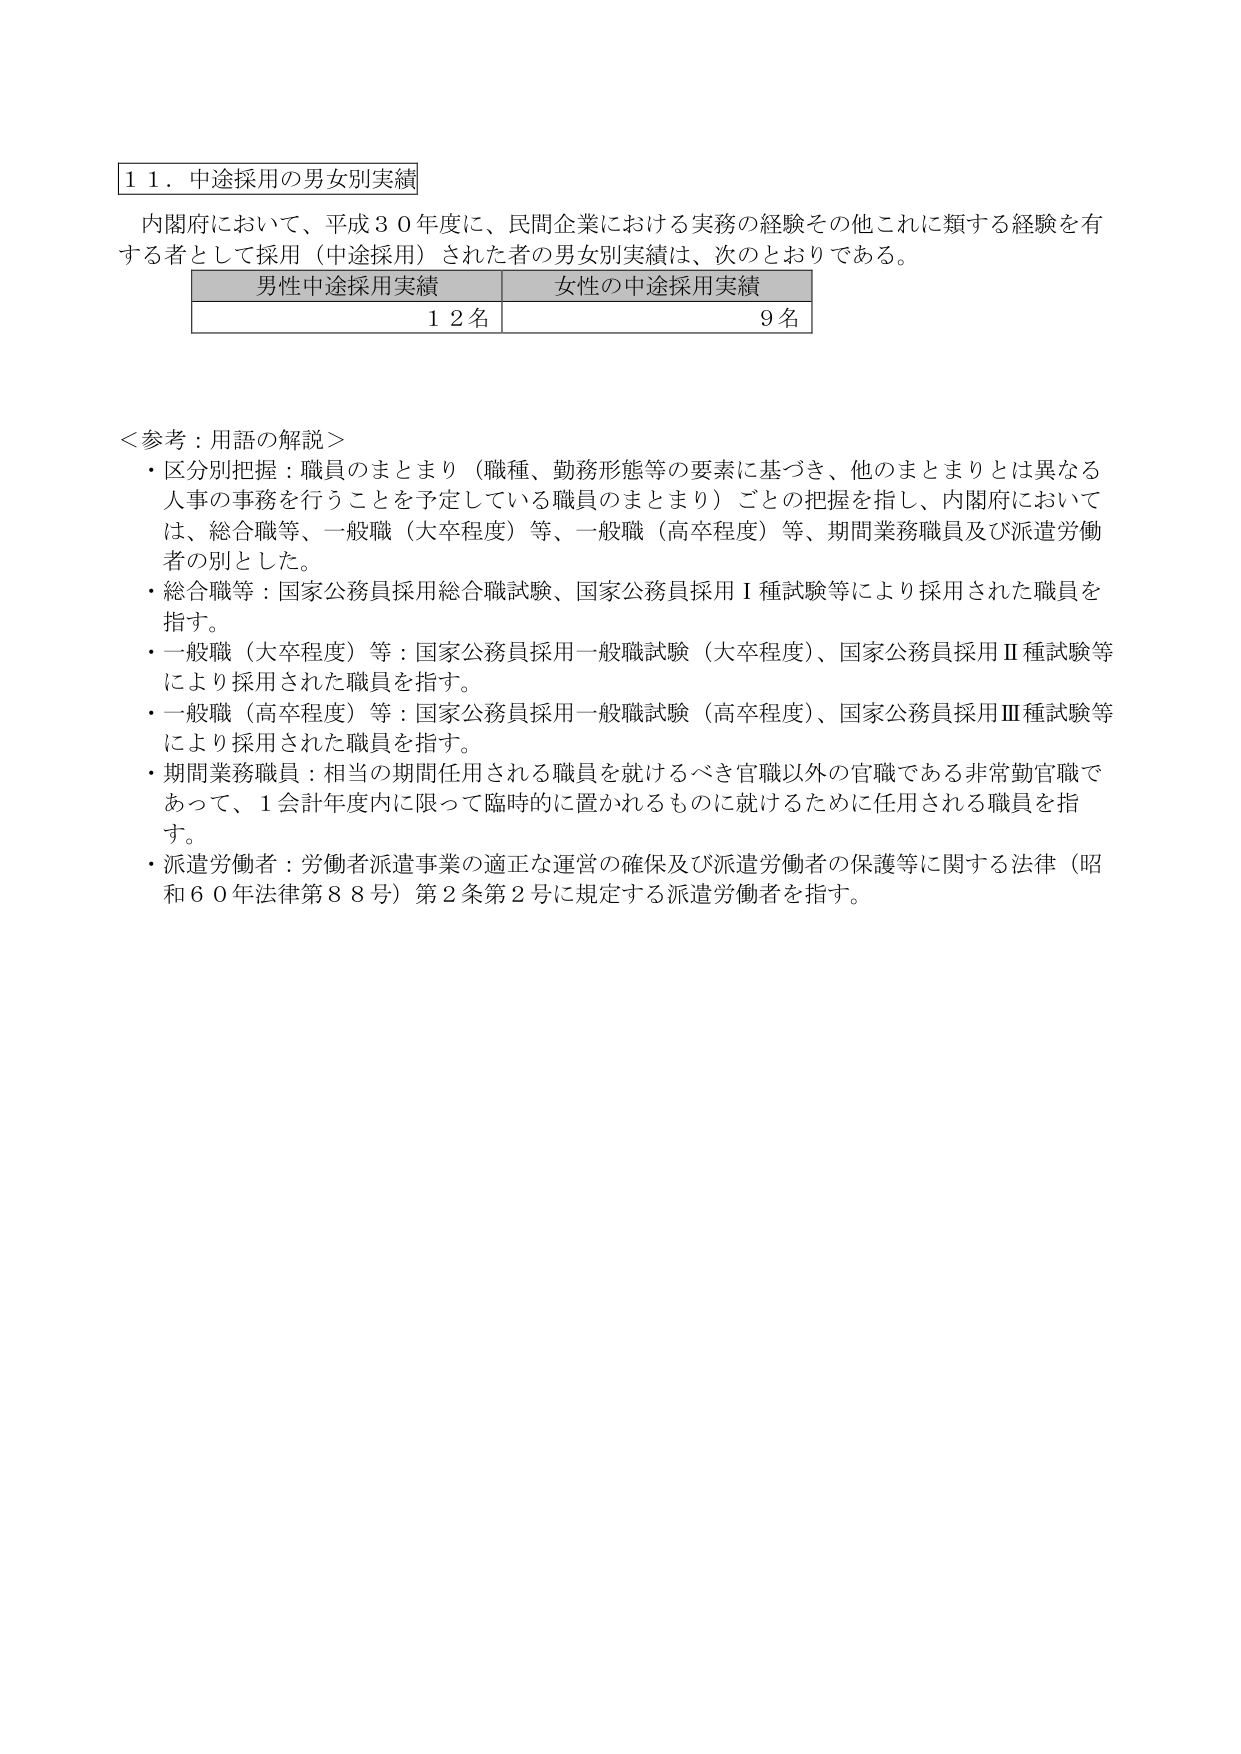
１１．中途採用の男女別実績

内閣府において、平成３０年度に、民間企業における実務の経験その他これに類する経験を有する者として採用（中途採用）された者の男女別実績は、次のとおりである。

男性中途採用実績　女性の中途採用実績
１２名　　　　　　　９名

＜参考：用語の解説＞
・区分別把握：職員のまとまり（職種、勤務形態等の要素に基づき、他のまとまりとは異なる人事の事務を行うことを予定している職員のまとまり）ごとの把握を指し、内閣府においては、総合職等、一般職（大卒程度）等、一般職（高卒程度）等、期間業務職員及び派遣労働者の別とした。
・総合職等：国家公務員採用総合職試験、国家公務員採用Ⅰ種試験等により採用された職員を指す。
・一般職（大卒程度）等：国家公務員採用一般職試験（大卒程度）、国家公務員採用Ⅱ種試験等により採用された職員を指す。
・一般職（高卒程度）等：国家公務員採用一般職試験（高卒程度）、国家公務員採用Ⅲ種試験等により採用された職員を指す。
・期間業務職員：相当の期間任用される職員を就けるべき官職以外の官職である非常勤官職であって、１会計年度内に限って臨時的に置かれるものに就けるために任用される職員を指す。
・派遣労働者：労働者派遣事業の適正な運営の確保及び派遣労働者の保護等に関する法律（昭和６０年法律第８８号）第２条第２号に規定する派遣労働者を指す。